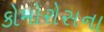
કોમોરોસના